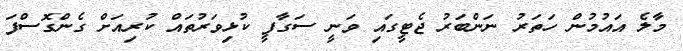
މާލެ އައުމުން ހަތަރު ނަންބަރު ޖެޓީގައި ވަނީ ސަގާފީ ކުޅިވަރުތައް ކުރިއަށް ގެންގޮސްފަ